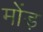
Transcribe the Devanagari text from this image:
मोंड़